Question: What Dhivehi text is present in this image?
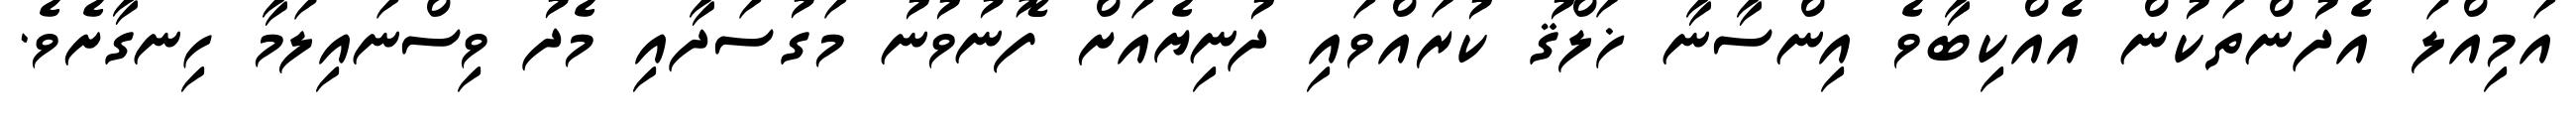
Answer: އަމިއްލަ އެދުންތަކުން އެއްކިބާވެ އިންސާނާ ޚަލްޤު ކުރައްވައި ދުނިޔެއަށް ފޮނުވުނު މަގުސަދާއި މެދު ވިސްނައިލަމާ ހިނގާށެވެ.